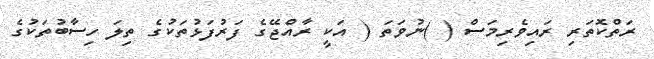
ރަތްކޮތަރި ރައިވެރިމަސް ( )ނުވަތަ ( އަކީ ރާއްޖޭގެ ފަރުފަޅުތަކުގެ ތިލަ ހިސާބުތަކުގެ